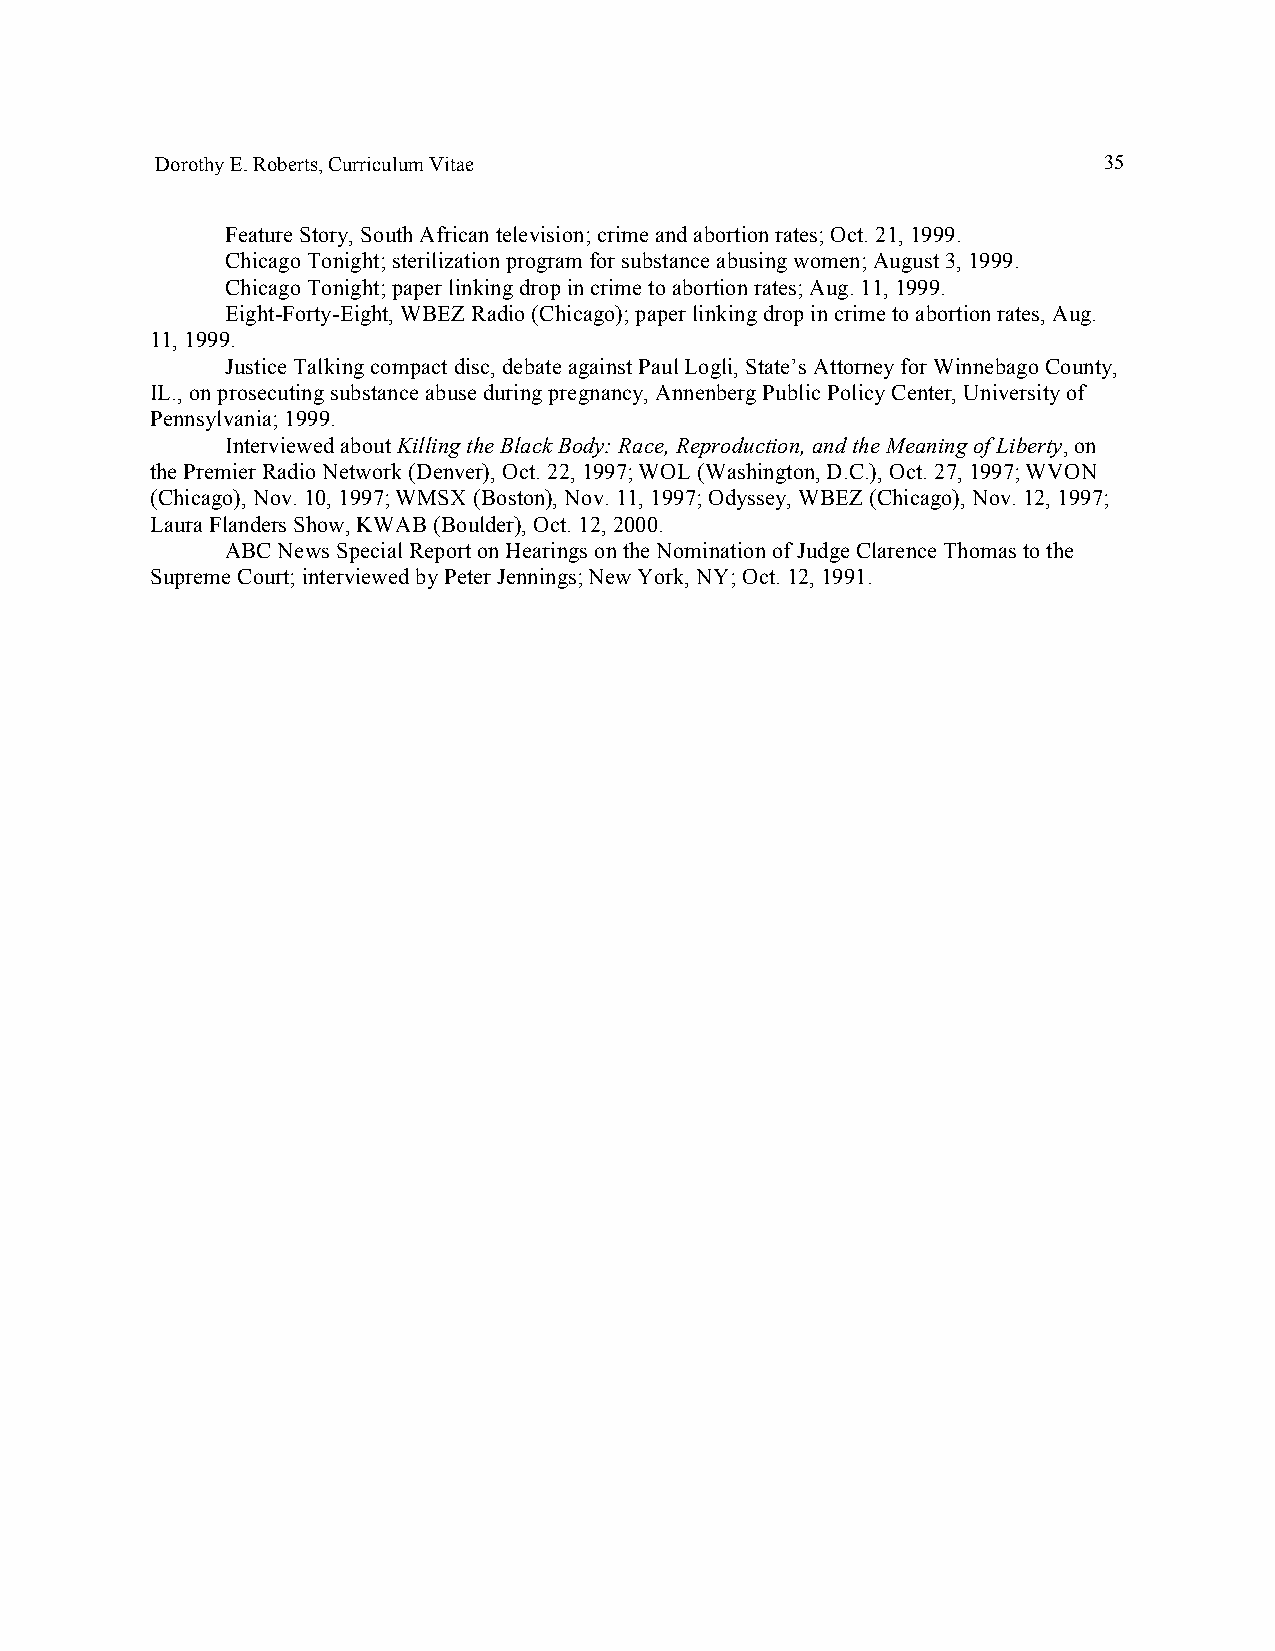
Dorothy E. Roberts, Curriculum Vitae                           35
 Feature Story, South African television; crime and abortion rates; Oct. 21, 1999.
 Chicago Tonight; sterilization program for substance abusing women; August 3, 1999.
 Chicago Tonight; paper linking drop in crime to abortion rates; Aug. 11, 1999.
 Eight-Forty-Eight, WBEZ Radio (Chicago); paper linking drop in crime to abortion rates, Aug.
 11, 1999.
 Justice Talking compact disc, debate against Paul Logli, State’s Attorney for Winnebago County,
 IL., on prosecuting substance abuse during pregnancy, Annenberg Public Policy Center, University of
 Pennsylvania; 1999.
 Interviewed about Killing the Black Body: Race, Reproduction, and the Meaning of Liberty, on
 the Premier Radio Network (Denver), Oct. 22, 1997; WOL (Washington, D.C.), Oct. 27, 1997; WVON
 (Chicago), Nov. 10, 1997; WMSX (Boston), Nov. 11, 1997; Odyssey, WBEZ (Chicago), Nov. 12, 1997;
 Laura Flanders Show, KWAB (Boulder), Oct. 12, 2000.
 ABC News Special Report on Hearings on the Nomination of Judge Clarence Thomas to the
 Supreme Court; interviewed by Peter Jennings; New York, NY; Oct. 12, 1991.